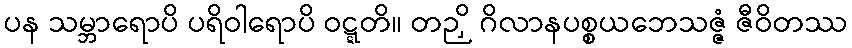
ပန သမ္ဘာရောပိ ပရိဝါရောပိ ဝဋ္ဋတိ။ တဉှိ ဂိလာနပစ္စယဘေသဇ္ဇံ ဇီဝိတဿ